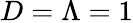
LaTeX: D=\Lambda=1